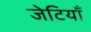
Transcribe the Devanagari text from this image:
जेटियाँ